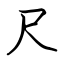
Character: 尺